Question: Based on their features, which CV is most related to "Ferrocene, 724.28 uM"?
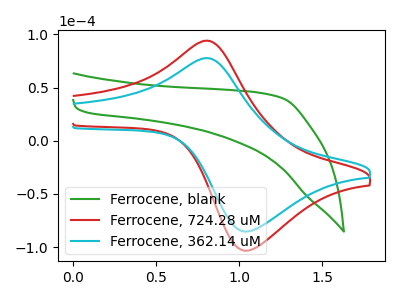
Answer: <think>The green curve "Ferrocene, blank" has no peaks. The red curve "Ferrocene, 724.28 uM" has an anodic peak at (0.80V, 93.95uA) and a cathodic peak at (1.05V, -103.25uA). The cyan curve "Ferrocene, 362.14 uM" has an anodic peak at (0.80V, 77.60uA) and a cathodic peak at (1.05V, -85.25uA).
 "Ferrocene, blank" and "Ferrocene, 724.28 uM" have a different number of peaks. "Ferrocene, blank" and "Ferrocene, 362.14 uM" have a different number of peaks. All the peaks in "Ferrocene, 724.28 uM" have a peak in "Ferrocene, 362.14 uM" at the same potential. Every peak in "Ferrocene, 724.28 uM" is higher than every peak in "Ferrocene, 362.14 uM".</think>
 <answer>The CV with the most similar shape to "Ferrocene, 362.14 uM" is "Ferrocene, 724.28 uM".</answer>
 <eval>"Ferrocene, 724.28 uM"</eval>